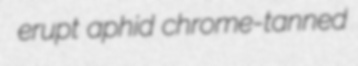
erupt aphid chrome-tanned